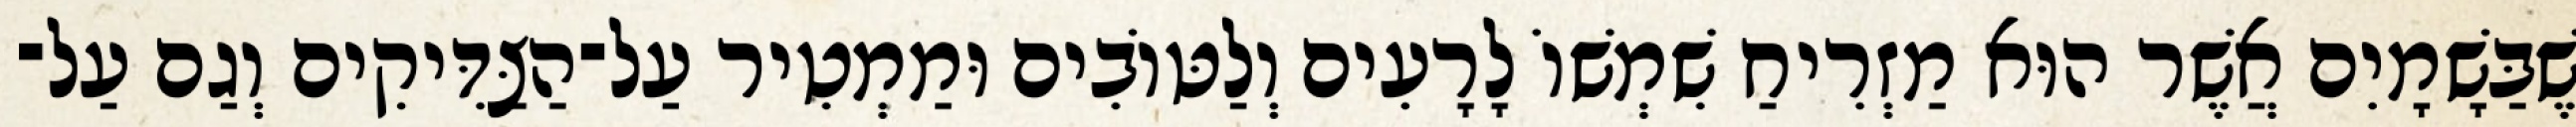
שֶׁבַּשָׁמָיִם אֲשֶׁר הוּא מַזְרִיחַ שִׁמְשׁוֹ לָרָעִים וְלַטּוֹבִים וּמַמְטִיר עַל־הַצַּדִּיקִים וְגַם עַל־